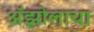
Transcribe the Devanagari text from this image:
ॲझोलाचा